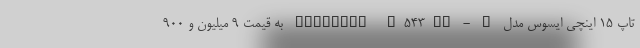
تاپ 15 اینچی ایسوس مدل VivoBook X543MA - A به قیمت 9 میلیون و 900